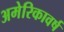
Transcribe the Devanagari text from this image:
अमेरिकावर्ष